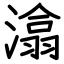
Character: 潝